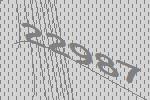
22987